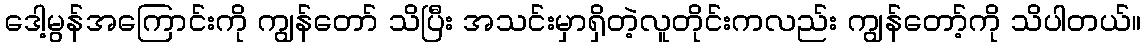
ဒေါ့မွန်အကြောင်းကို ကျွန်တော် သိပြီး အသင်းမှာရှိတဲ့လူတိုင်းကလည်း ကျွန်တော့်ကို သိပါတယ်။